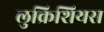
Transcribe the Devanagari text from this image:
लुक्रिशियस